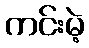
ကင်းမဲ့